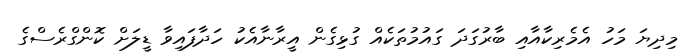
މިދިޔަ މަހު އެމެރިކާއާއި ބާރުގަދަ ގައުމުތަކެއް ގުޅިގެން އީރާނާއެކު ހަދާފައިވާ ޑީލަށް ކޮންގްރެސްގެ